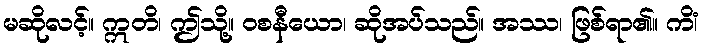
မဆိုလင့်။ ဣတိ၊ ဤသို့။ ဝစနီယော၊ ဆိုအပ်သည်။ အဿ၊ ဖြစ်ရာ၏။ ကိံ၊